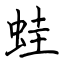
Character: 蛙